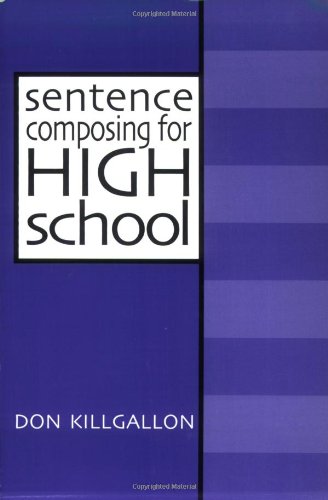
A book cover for Sentence Composing for High School: A Worktext on Sentence Variety and Maturity; Don Killgallon; Reference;